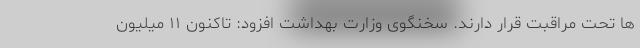
ها تحت مراقبت قرار دارند. سخنگوی وزارت بهداشت افزود: تاکنون ۱۱ میلیون